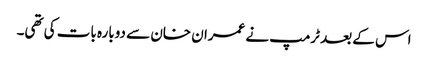
اس کے بعد ٹرمپ نے عمران خان سے دوبارہ بات کی تھی۔